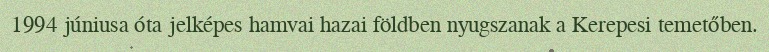
1994 júniusa óta jelképes hamvai hazai földben nyugszanak a Kerepesi temetőben.